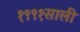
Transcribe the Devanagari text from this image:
१९९१साली